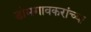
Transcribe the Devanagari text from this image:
डोमगावकरांच्या